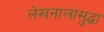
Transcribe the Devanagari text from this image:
लेखनालासुद्धा